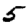
Digit: 5